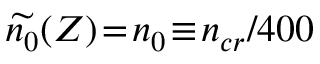
\widetilde { n _ { 0 } } ( Z ) \! = \! n _ { 0 } \! \equiv \! n _ { c r } / 4 0 0